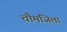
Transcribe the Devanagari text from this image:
चौमंजिला